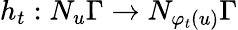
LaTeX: h_{t}:N_{u}\Gamma\to N_{\varphi_{t}(u)}\Gamma